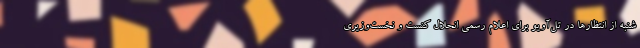
شنبه از انتظارها در تل‌آویو برای اعلام رسمی انحلال کنست و نخست‌وزیری